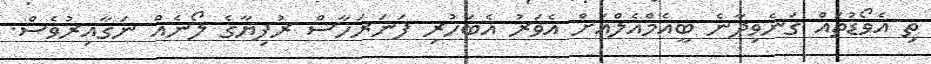
ތި އެވޯޑުތައް ގަނެވިދާނެ ބީއެމްއެލްއަށް އެވަރު އެބަހުރި ފަނަރަހާސް ރުފިޔާގެ ލޯނެއް ނަގާއިރުވެސް.